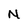
Character: N